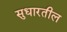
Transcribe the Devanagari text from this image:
सुधारतील